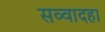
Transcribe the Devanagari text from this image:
सव्वादहा